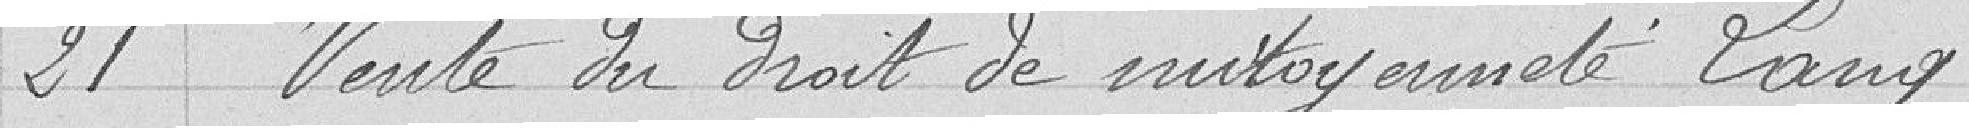
21 Vente du droit de mitoyenneté Lang